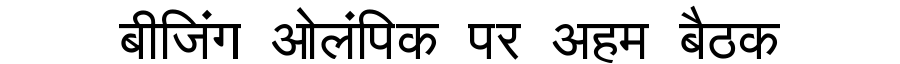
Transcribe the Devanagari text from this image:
बीजिंग ओलंपिक पर अहम बैठक